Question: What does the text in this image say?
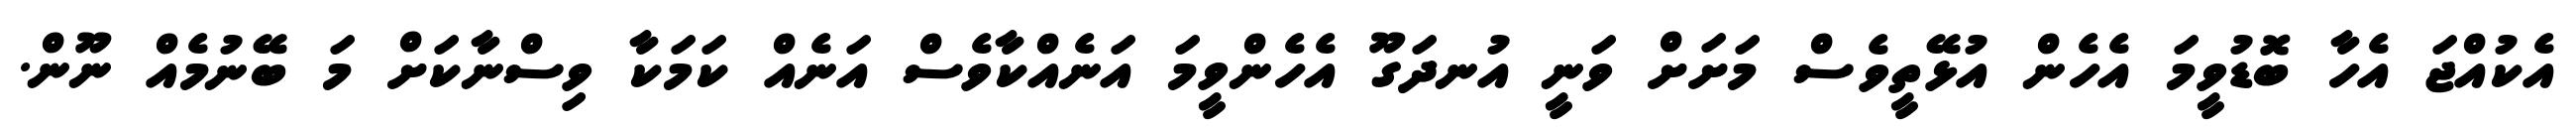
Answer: އެކުއްޖަ އެހާ ބޮޑުވީމަ އެހެން އުޅޭތީވެސް މަށަށް ވަނީ އުނދަގޫ އެހެންވީމަ އަނެއްކާވެސް އަނެއް ކަމަކާ ވިސްނާކަށް މަ ބޭނުމެއް ނޫން.